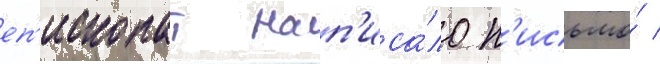
еп'ископат нап'иса́ло п'исьмо́ /